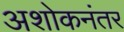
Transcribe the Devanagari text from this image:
अशोकनंतर